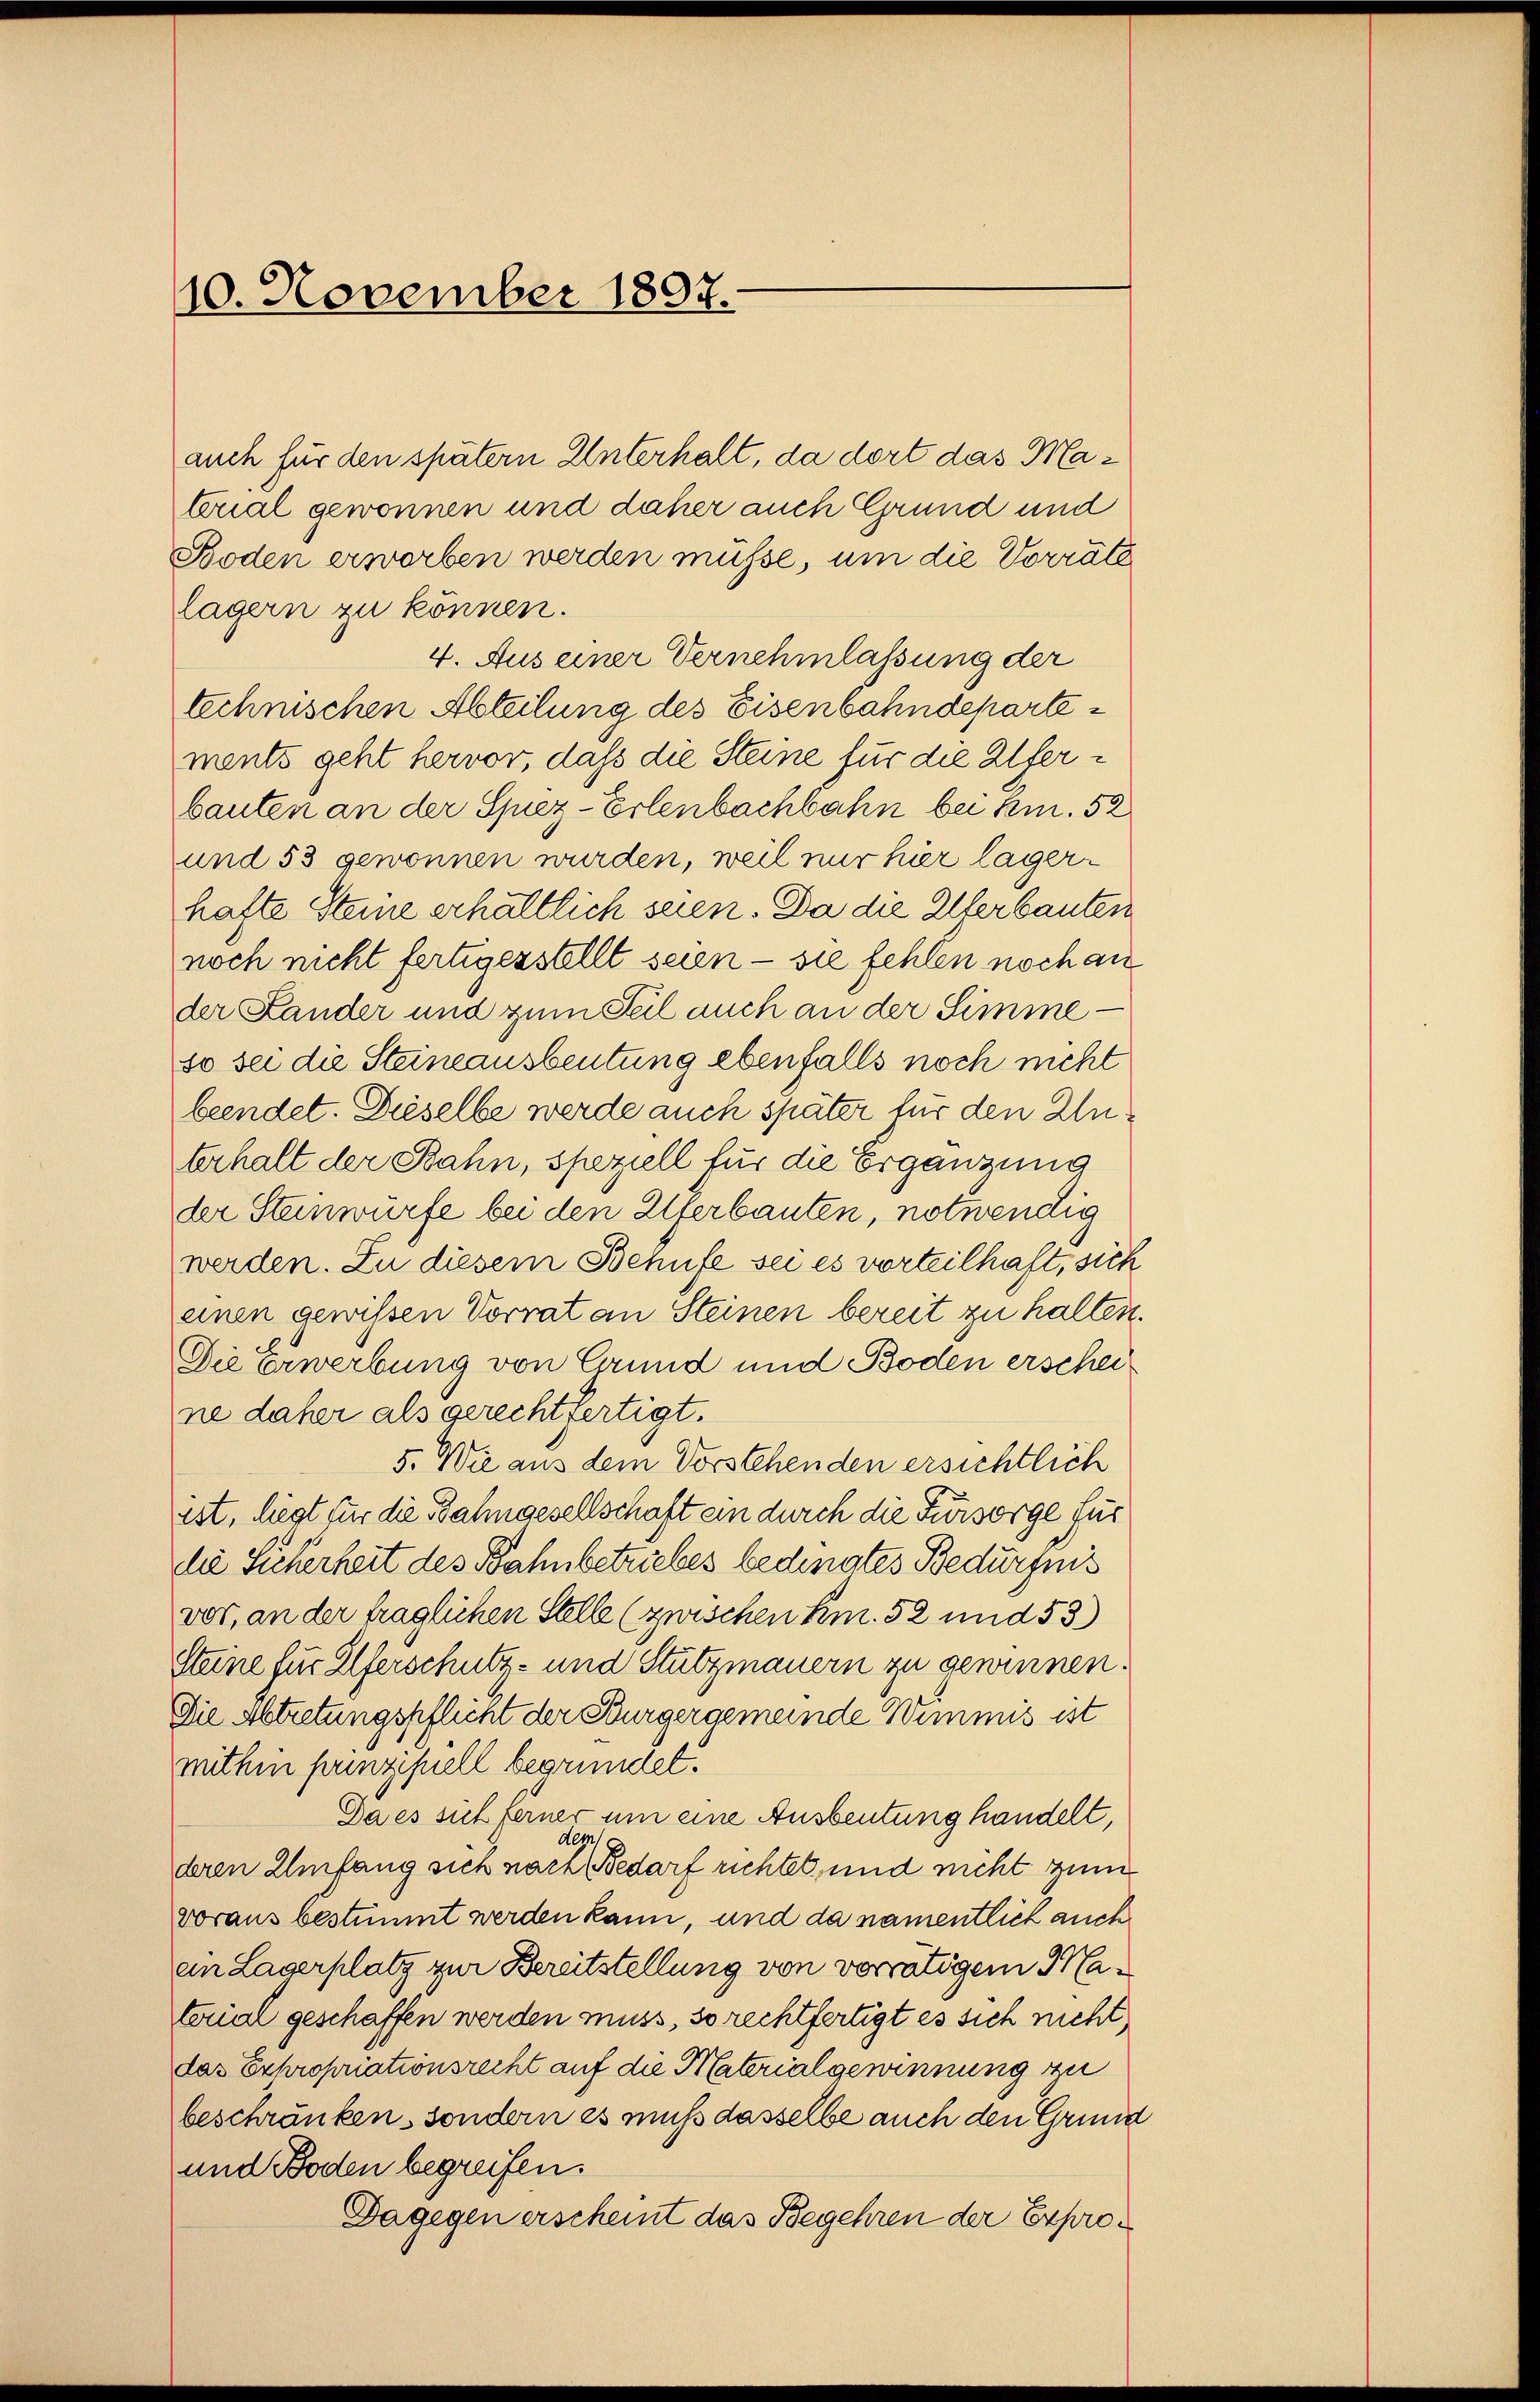
10. November 1897.

lagern zu können.
und 53 gewonnen wurden, weil nur hier lager-
hafte Steine erhältlich seien. Da die Uferbauten
noch nicht fertigerstellt seien - sie fehlen noch an
der Lander und zum Teil auch an der Simmeso sei die Steine ausbeutung ebenfalls noch nicht
beendet. Dieselbe werde auch später für den Zuterhalt der Bahn, speziell für die Ergänzung
der Steinwürfe bei den Uferbauten, notwendig
werden. Zu diesem Behufe sei es vorteilhaft, sich
einen gewissen Vorrat an Steinen bereit zu halten.
Die Erwerbung von Grund und Boden erscheine daher als gerechtfertigt.
5. Wie aus dem Vorstehenden ersichtlich
ist, liegt für die Bahngesellschaft ein durch die Fürsorge für
die Sicherheit des Bahnbetriebes bedingtes Bedürfnis
vor, an der fraglichen Stelle (zwischen kn. 52 und 53)
Steine für Elterschutz- und Stutzmauern zu gewinnen.
Die Abtretungspflicht der Bürgergemeinde Wimmis ist
mithin prinzipiell begründet.
Da es sich ferner um eine Ausbeutung handelt,
dem
deren Umfang sich nach Bedarf richtet, und nicht zum
voraus bestimmt werden kann, und da namentlich auch
en Lagerplatz zur Bereitstellung von vorrätigem Matorial geschaffen werden muss, so rechtfertigt es sich nicht
das Expropriationsrecht auf die Materialgewinnung zu
beschränken, sondern es muß dasselbe auch den Grund
und Boden begreifen.
Dagegen erscheint das Begehren der Expro¬

auch für den spätern Unterhalt, da dort das Material gewonnen und daher auch Grund und
Boden erworben werden müsse, um die Vorräte
4. Aus einer Vernehmlassung der
technischen Abteilung des Eisenbahndepartements geht hervor, dass die Steine für die Uferbauten an der Spiez-Erlenbachbahn bei kn. 52